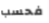
فحسب